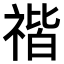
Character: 𥚺